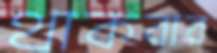
থাকবার